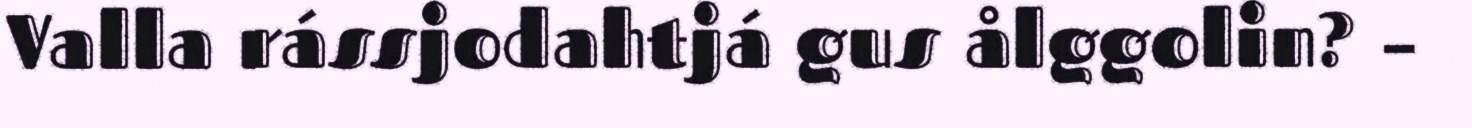
Valla rássjodahtjá gus ålggolin? –